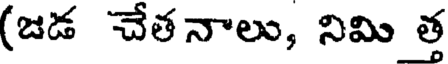
(జడ చేతనాలు, నిమి త్త